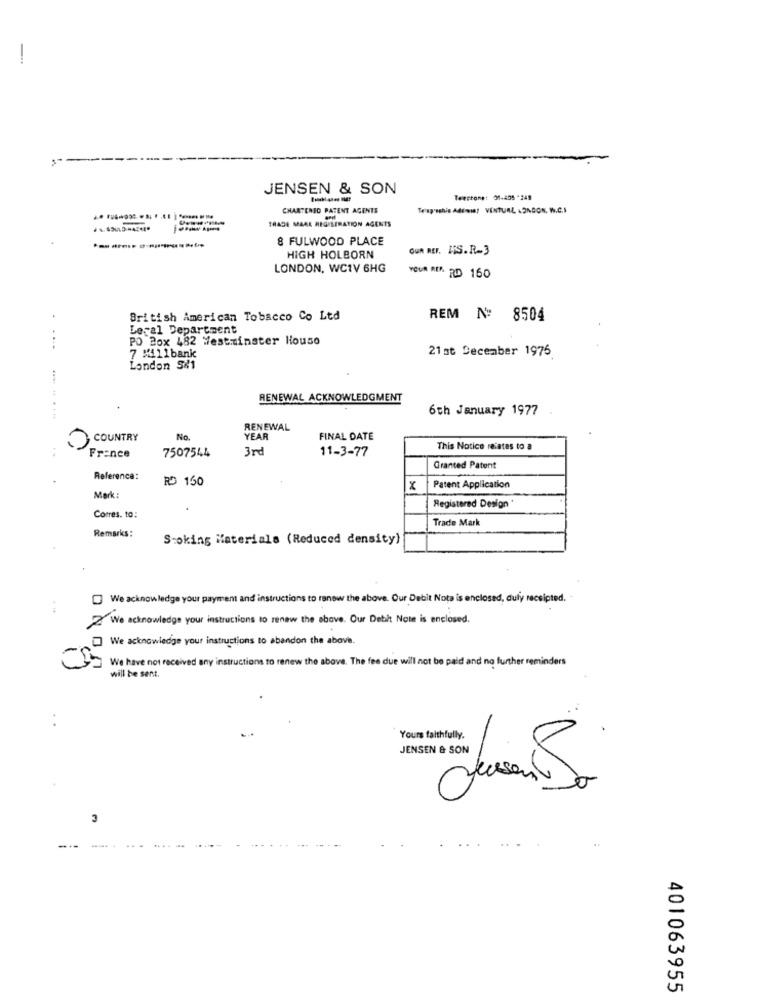
JENSEN & SON
Teestone: 31-835 -249
CHARTERED PATENT AGENTS
Wrapschis Ademia! VENTUAL LONDON. W.C.S
TRADE MAAL REGISTRATION AGENTS
8 FULWOOD PLACE
OUR REF. ITS.R-3
HIGH HOLBORN
LONDON, WC1V 6HG
YOUR RIS RD 160
British American Tobacco Co Ltd
REM Nº 8504
Legal Department
PO Box 482 Westminster House
....
21 st December 1976
7 :411bank
London S&1
RENEWAL ACKNOWLEDGMENT
6th January 1977
RENEWAL
COUNTRY
No.
YEAR
FINAL DATE
7507544
3rd
11-3-77
This Notice relates to a
France
Granted Patent
Reference:
RD 150
x
Patent Application
Mark :
Registered Design
Corres. to:
Trade Mark
Remarks:
Stoking Materials (Reduced density)
We acknowledge your payment and instructions to renew the above. Our Debit Nota is enclosed, duly receipted.
We acknowledge your instructions to renew the above. Our Debit Note is enclosed.
We acknowledge your instructions to abandon the above.
We have not received any instructions to renew the above. The fee due will not be paid and no further reminders
will be sent.
.:
..
Yours faithfully.
JENSEN & SON
401063955